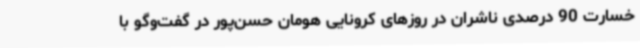
خسارت 90 درصدی ناشران در روزهای کرونایی هومان حسن‌پور در گفت‌وگو با